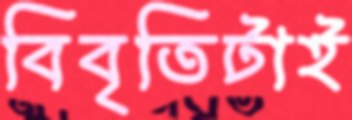
বিবৃতিটাই